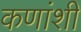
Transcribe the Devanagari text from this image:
कणांशी